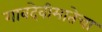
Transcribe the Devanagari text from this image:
गावदेवीमातेचा